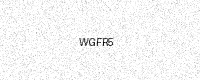
Text: WGFR5